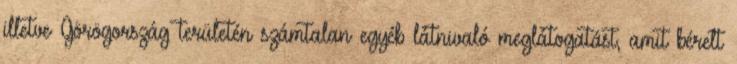
illetve Görögország területén számtalan egyéb látnivaló meglátogatást, amit bérelt